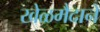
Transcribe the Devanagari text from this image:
खेळमैदाने